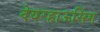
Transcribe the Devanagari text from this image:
वेयरहाऊसिंग